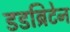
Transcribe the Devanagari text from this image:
डडब्रिटेन